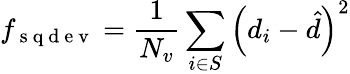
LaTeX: f_{\mathrm{~s~q~d~e~v~}}=\frac{1}{N_{v}}\sum_{i\in S}\left(d_{i}-\hat{d}\right)^{2}